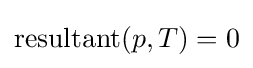
\mathrm {resultant} (p,T)=0